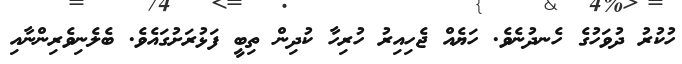
ހުކުރު ދުވަހުގެ ހެނދުނެވެ. ހަޔެއް ޖެހިއިރު ހުރިހާ ކުދިން ތިބީ ފަޅުރަށުގައެވެ. ބެލެނިވެރިންނާއި